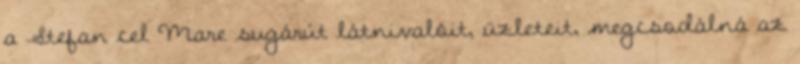
a Stefan cel Mare sugárút látnivalóit, üzleteit, megcsodálná az